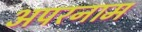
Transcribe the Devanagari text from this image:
अपरनाम